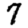
Digit: 7